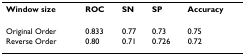
| Window size | ROC | SN | SP | Accuracy |
 | --- | --- | --- | --- | --- |
 | Original Order | 0.833 | 0.77 | 0.73 | 0.75 |
 | Reverse Order | 0.80 | 0.71 | 0.726 | 0.72 |